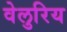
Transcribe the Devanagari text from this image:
वेलुरिय